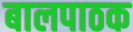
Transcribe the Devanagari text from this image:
बालपाठक